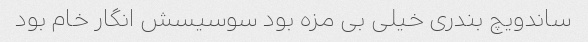
ساندویچ بندری خیلی بی مزه بود سوسیسش انگار خام بود